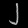
Digit: ၂